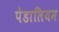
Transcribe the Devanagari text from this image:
पेडालियम